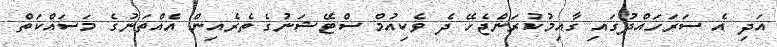
އަދި އެ ސަރަހައްދުގައި ގާއިމުކުރަންޖެހޭ ދެ ވެކިއުމް ސްޓޭޝަނުގެ ތެރެއިން އެއްތަނުގެ މަސައްކަތް